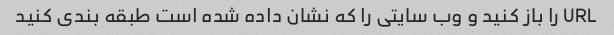
URL را باز کنید و وب سایتی را که نشان داده شده است طبقه بندی کنید